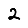
Digit: 2